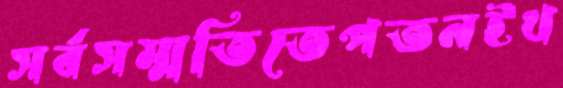
সর্বসম্মতিতেপতনইখ